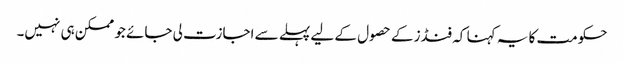
حکومت کا یہ کہنا کہ فنڈز کے حصول کے لیے پہلے سے اجازت لی جائے جو ممکن ہی نہیں۔